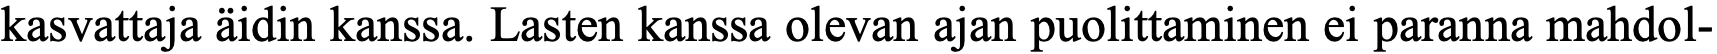
kasvattaja äidin kanssa. Lasten kanssa olevan ajan puolittaminen ei paranna mahdol-